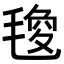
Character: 𭯟